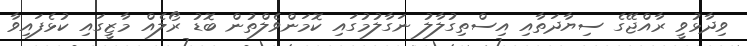
ވިދާޅުވީ ރާއްޖޭގެ ސިޔާދަތާއި އިސްތިގުލާލު ނަގާލުމުގައި ކޮމަންވެލްތުން ބޮޑު ރޯލެއް މާޒީގައި ކުޅެފައިވާ